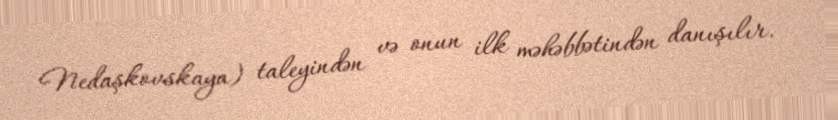
Nedaşkovskaya) taleyindən və onun ilk məhəbbətindən danışılır.